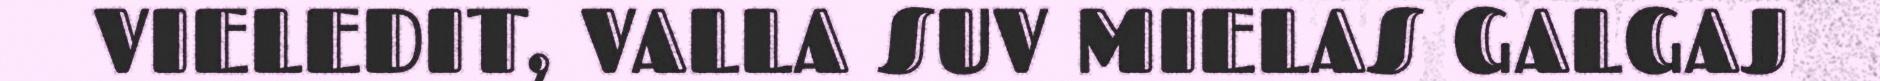
VIELEDIT, VALLA SUV MIELAS GALGAJ